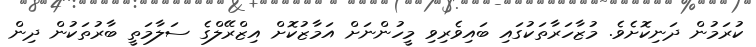
ކުރަމުން ދަނިކޮށެވެ. މުޒާހަރާތަކުގައި ބައިވެރިވި މީހުންނަށް އަމާޒުކޮށް އިޒްރޭލްގެ ސަލާމަތީ ބާރުތަކުން ދިން